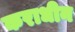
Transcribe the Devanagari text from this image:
कराधीन